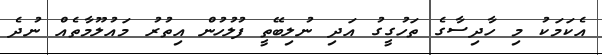
އެކަމަކު މި ހާދިސާގެ ތަހުގީގު އަދި ނުލިބޭތީ ފުލުހުން އިތުރު މައުލޫމާތެއް ނުދެ